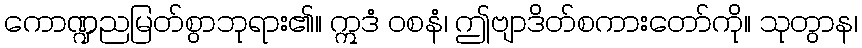
ကောဏ္ဍညမြတ်စွာဘုရား၏။ ဣဒံ ဝစနံ၊ ဤဗျာဒိတ်စကားတော်ကို။ သုတွာန၊